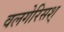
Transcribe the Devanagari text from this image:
वलगेरिसश्